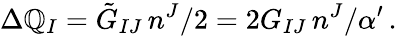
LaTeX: \Delta\mathbb{Q}_{I}=\tilde{{G}}_{IJ}\, n^{J}/2=2G_{IJ}\, n^{J}/\alpha^{\prime}\, .